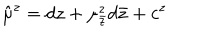
\hat { \mu } ^ { z } = d z + \mu _ { \bar { z } } ^ { z } d \bar { z } + c ^ { z }